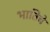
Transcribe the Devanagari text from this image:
भातिचे